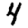
Digit: 4